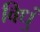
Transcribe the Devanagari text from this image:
विधुं